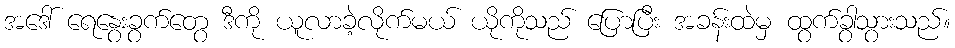
အဒေါ် ရေနွေးခွက်တွေ ဒီကို ယူလာခဲ့လိုက်မယ် ယိုကိုသည် ပြောပြီး အခန်းထဲမှ ထွက်ခွာသွားသည်။